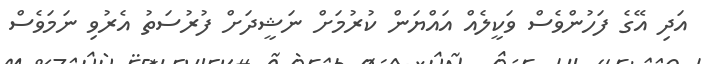
އަދި އޭގެ ފަހުންވެސް ވަކީލެއް އައްޔަން ކުރުމަށް ނަޝީދަށް ފުރުސަތު އެރުވި ނަމަވެސް